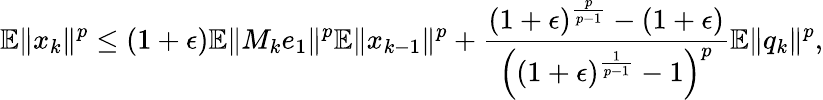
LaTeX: \mathbb{E}\Vert x_{k}\Vert^{p}\leq(1+\epsilon)\mathbb{E}\Vert M_{k}e_{1}\Vert^{p}\mathbb{E}\Vert x_{k-1}\Vert^{p}+\frac{(1+\epsilon)^{\frac{p}{p-1}}-(1+\epsilon)}{\left((1+\epsilon)^{\frac{1}{p-1}}-1\right)^{p}}\mathbb{E}\Vert q_{k}\Vert^{p},